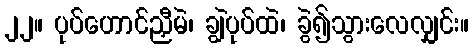
၂၂။ ပုပ်ဟောင်ညှီမဲ၊ ချွဲပုပ်ထဲ၊ ခွဲ၍သွားလေလျှင်း။